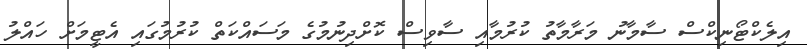
އިލެކްޓޯނިކްސް ސާމާނު މަރާމާތު ކުރުމާއި ސާވިސް ކޮށްދިނުމުގެ މަސައްކަތް ކުރުމުގައި އެޓީމަށް ހައްލު